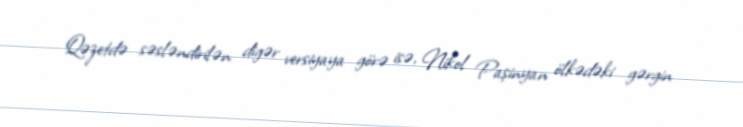
Qəzetdə səsləndirilən digər versiyaya görə isə, Nikol Paşinyan ölkədəki gərgin